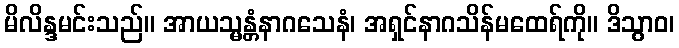
မိလိန္ဒမင်းသည်။ အာယသ္မန္တံနာဂသေနံ၊ အရှင်နာဂသိန်မထေရ်ကို။ ဒိသွာဝ၊